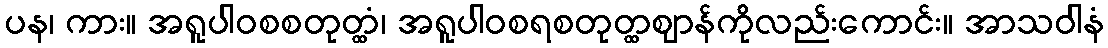
ပန၊ ကား။ အရူပါဝစစတုတ္ထံ၊ အရူပါဝစရစတုတ္ထဈာန်ကိုလည်းကောင်း။ အာသဝါနံ